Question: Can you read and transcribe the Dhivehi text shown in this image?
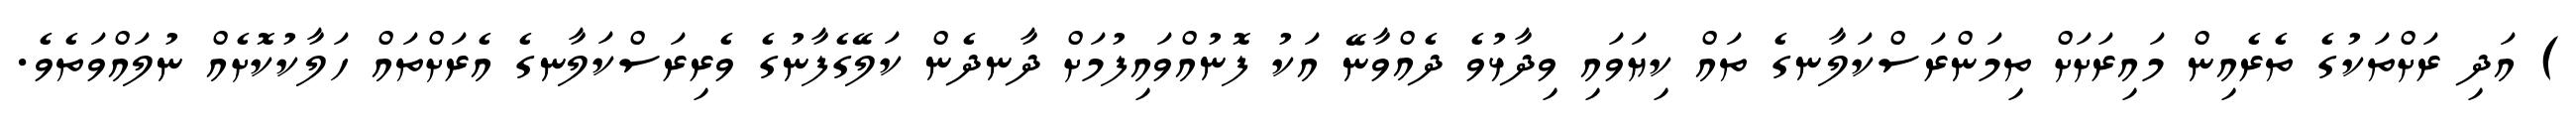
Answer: ) އަދި ރަށްތަކުގެ ތެރެއިން މައިރަށަށް ތިމަންރަސްކަލާނގެ ތައް ކިޔަވައި ވިދާޅުވެ ދެއްވާނޭ އަކު ފޮނުއްވައިފުމަށް ދާނދެން ކަލޭގެފާނުގެ ވެރިރަސްކަލާނގެ އެރަށްތައް ހަލާކުކޮށެއް ނުލައްވަތެވެ.